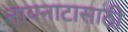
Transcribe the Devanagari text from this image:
नायनाटासाठी